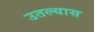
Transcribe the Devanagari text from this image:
उतल्यास